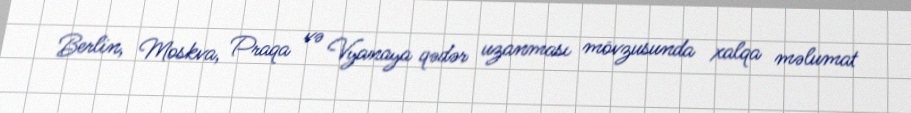
Berlin, Moskva, Praqa və Vyanaya qədər uzanması mövzusunda xalqa məlumat